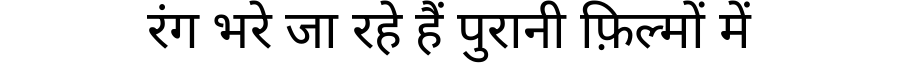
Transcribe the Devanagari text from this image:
रंग भरे जा रहे हैं पुरानी फ़िल्मों में